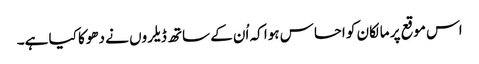
اس موقع پر مالکان کو احساس ہوا کہ اُن کے ساتھ ڈیلروں نے دھوکا کیا ہے۔